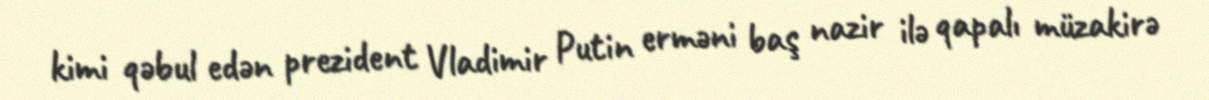
kimi qəbul edən prezident Vladimir Putin erməni baş nazir ilə qapalı müzakirə